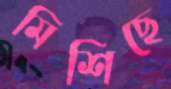
মিশিছে